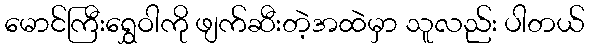
မောင်ကြီးရွှေဝါကို ဖျက်ဆီးတဲ့အထဲမှာ သူလည်း ပါတယ်